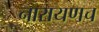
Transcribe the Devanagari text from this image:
नारायणच